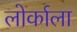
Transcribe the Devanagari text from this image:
लोर्काला